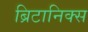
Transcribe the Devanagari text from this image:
ब्रिटानिक्स